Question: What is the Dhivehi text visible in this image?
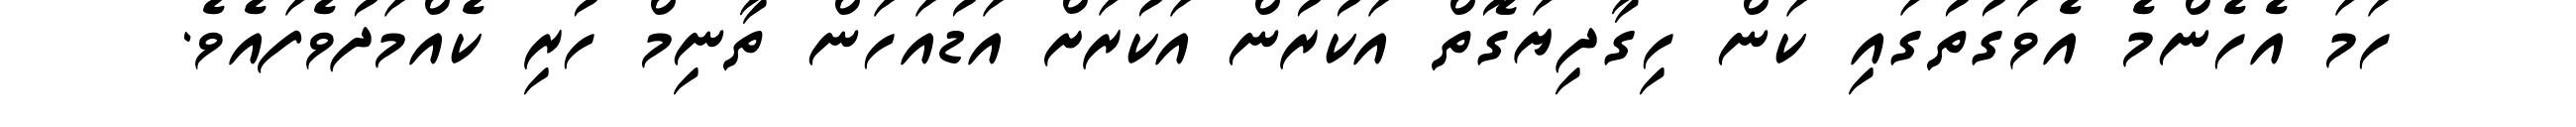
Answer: ހަމަ އެހެންމެ އެވަގުތުގައި ކަން ހިގާދިޔަގޮތް އަކުރުން އަކުރަށް އަޑުއަހަން ތާނިމް ހުރި ކެއްމަދުވެފައެވެ.